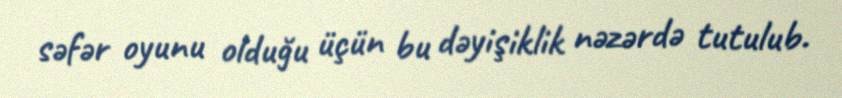
səfər oyunu olduğu üçün bu dəyişiklik nəzərdə tutulub.